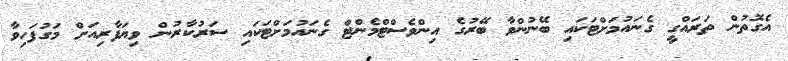
އެގޮތުން ތަރައްގީ ގެނައުމަށްޓަކައި ބޭނުންވާ ބޭރުގެ އިންވެސްޓްމެންޓް ގެނައުމަށްޓަކައި ސަރުކާރުން ވިޔަފާރިއަށް މަގުފަހިވާ